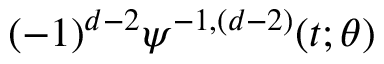
( - 1 ) ^ { d - 2 } \psi ^ { - 1 , ( d - 2 ) } ( t ; \theta )